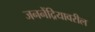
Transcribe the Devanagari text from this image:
जननेंद्रियावरील